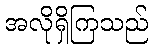
အလိုရှိကြသည်